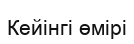
Кейінгі өмірі